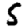
Digit: 5